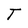
Character: T